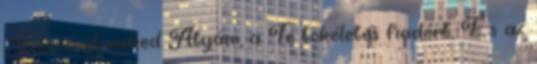
„Köszönet neked Atyám, a Te tökéletes fiadért, És az